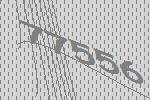
77556